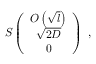
S \left( \begin{array} { c } { { { \cal { O } } \left( \sqrt { l } \right) } } \\ { { \sqrt { 2 D } } } \\ { { 0 } } \end{array} \right) ~ ,